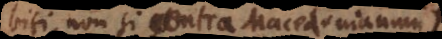
indebiti, non si contra Macedonianum),